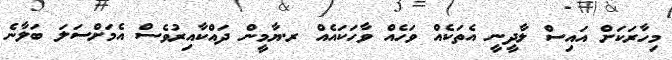
މިހާރަކަށް އައިސް ލާދީނީ އެތަކެއް ވަހެއް ވާހަކައެއް ރ.ޔާމީން ދައްކާއިރުވެސް އެމަށްސަލަ ބަލާނެ